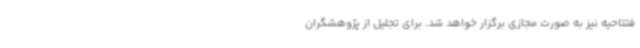
فتتاحیه نیز به صورت مجازی برگزار خواهد شد. برای تجلیل از پژوهشگران